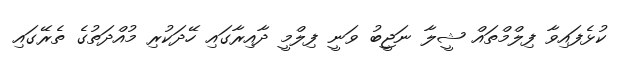
ކުޅެފައިވާ ފިލްމްތައް ޝީލާ ނަޖީބު ވަނީ ފިލްމީ ދާއިރާގައި ހޭދަކުރި މުއްދަތުގެ ތެރޭގައި